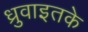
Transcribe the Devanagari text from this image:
ध्रुवाइतके